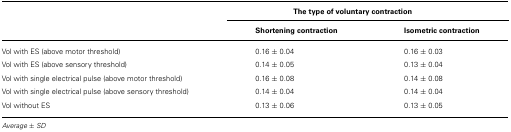
<table><thead><tr><td></td><td colspan="3"><b>The type of voluntary contraction</b></td></tr><tr><td></td><td><b>Shortening contraction</b></td><td><b>Isometric contraction</b></td></tr></thead><tbody><tr><td>Vol with ES (above motor threshold)</td><td>0.16 ± 0.04</td><td>0.16 ± 0.03</td></tr><tr><td>Vol with ES (above sensory threshold)</td><td>0.14 ± 0.05</td><td>0.13 ± 0.04</td></tr><tr><td>Vol with single electrical pulse (above motor threshold)</td><td>0.16 ± 0.08</td><td>0.14 ± 0.08</td></tr><tr><td>Vol with single electrical pulse (above sensory threshold)</td><td>0.14 ± 0.04</td><td>0.14 ± 0.04</td></tr><tr><td>Vol without ES</td><td>0.13 ± 0.06</td><td>0.13 ± 0.05</td></tr></tbody></table>